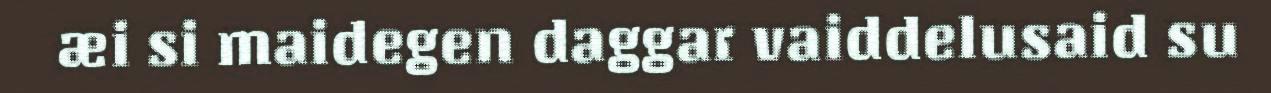
æi si maidegen daggar vaiddelusaid su